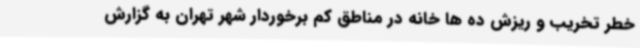
خطر تخریب و ریزش ده ها خانه در مناطق کم برخوردار شهر تهران به گزارش